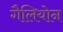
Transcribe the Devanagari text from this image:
गैलियोन